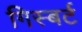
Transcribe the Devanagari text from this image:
गिस्बर्ट